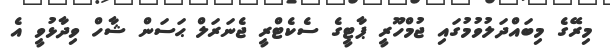
މިރޭގެ މިބައްދަލުވުމުގައި ޖުމްހޫރީ ޕާޓީގެ ސެކެޓްރީ ޖެނަރަލް ޙަސަން ޝާހް ވިދާޅުވީ އެ